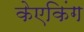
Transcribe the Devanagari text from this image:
केएकिंग